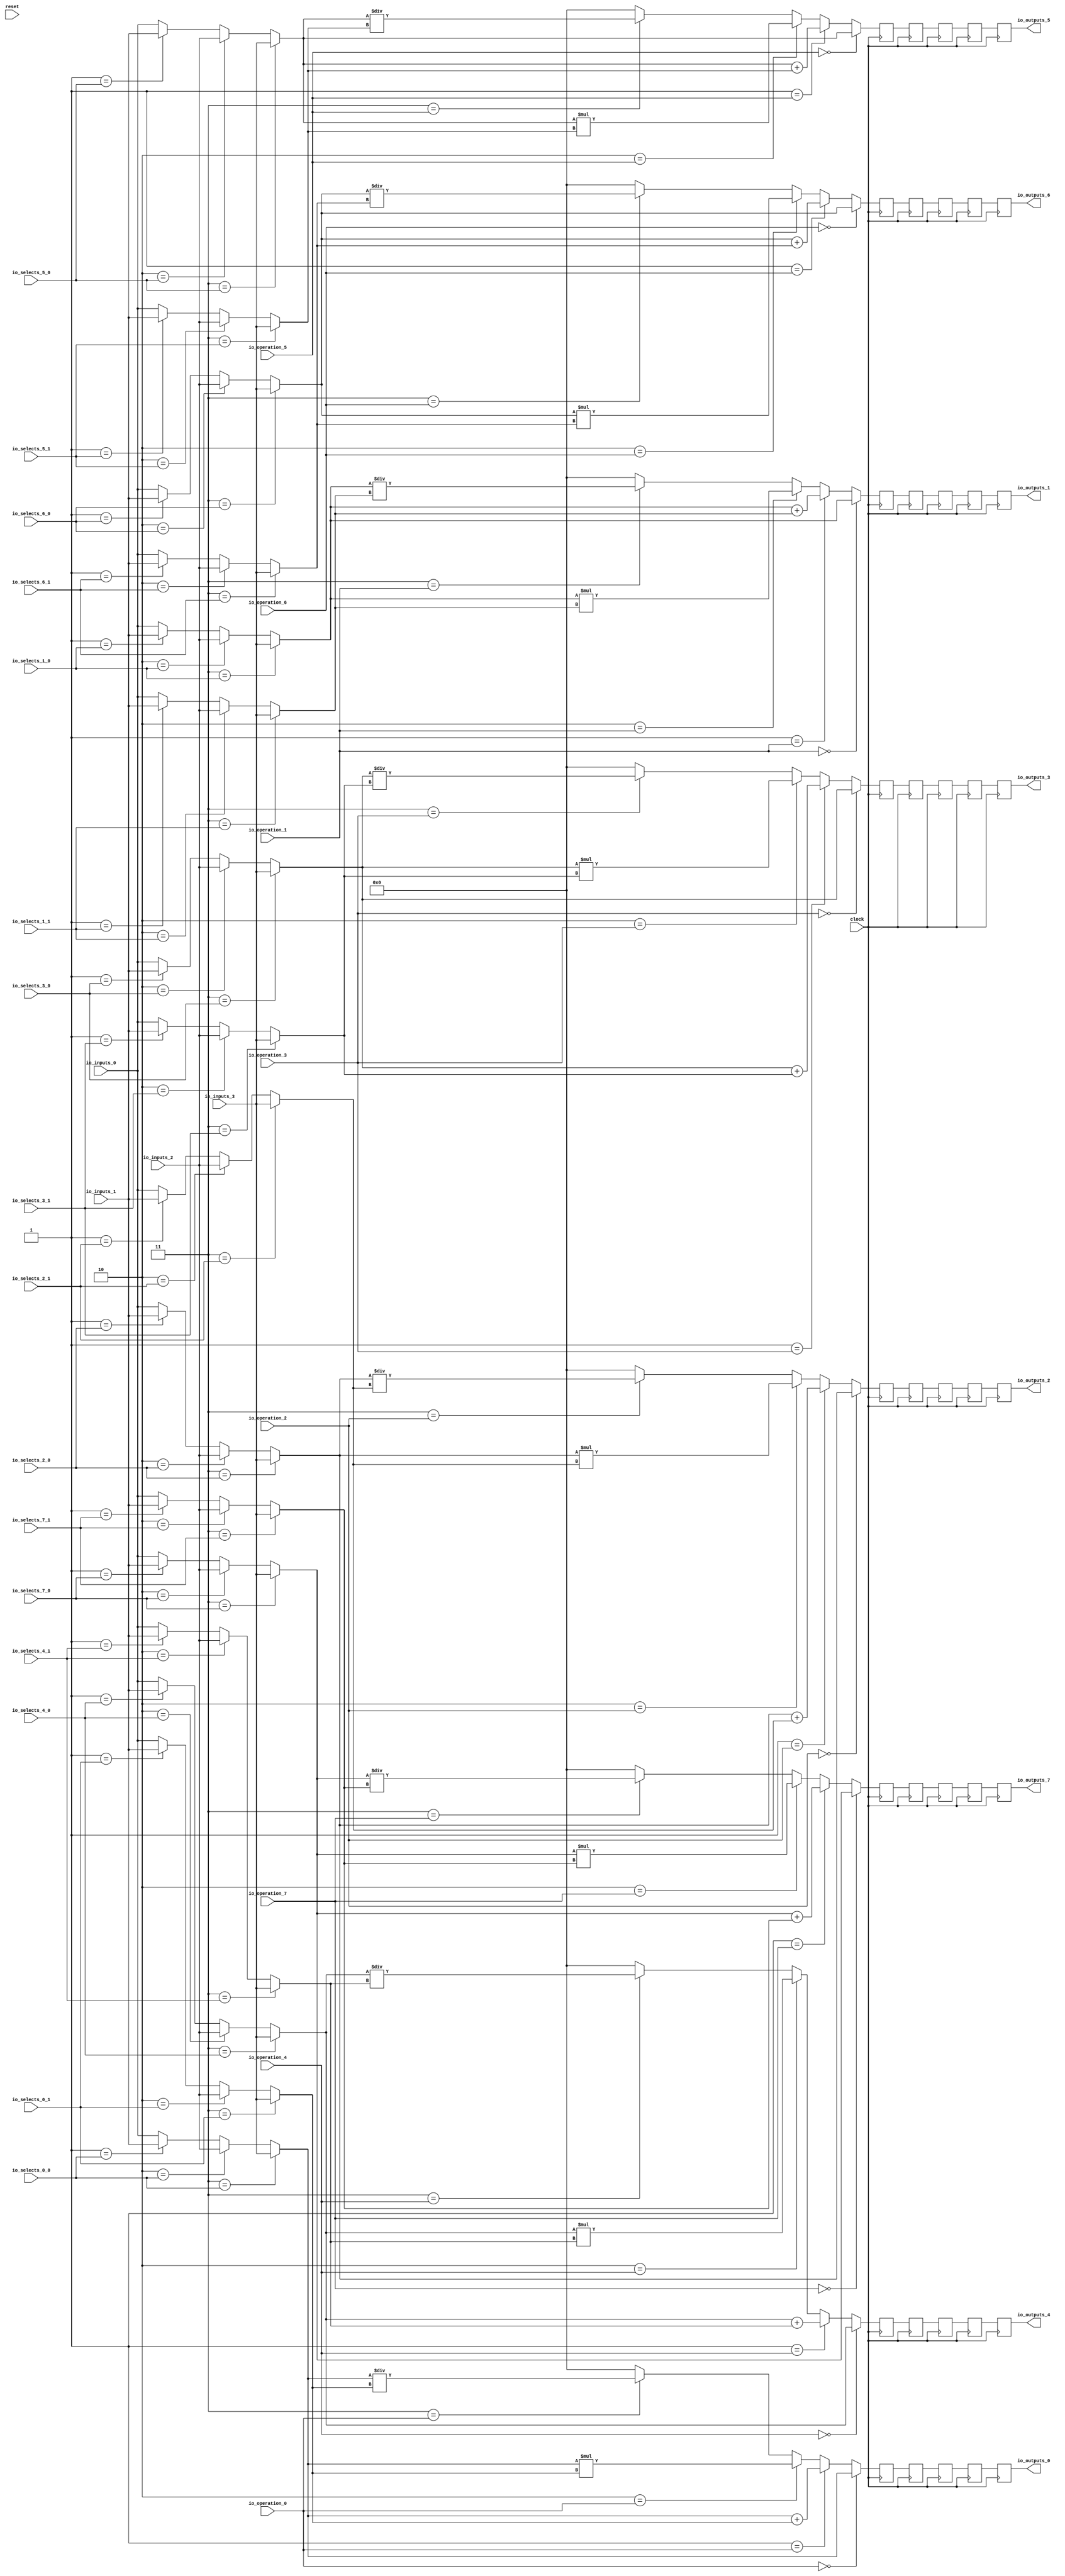
module MuxTest_width_64_inputs_4_outputs_8_pipeline_5( // @[:@3.2]
  input         clock, // @[:@4.4]
  input         reset, // @[:@5.4]
  input  [1:0]  io_selects_0_0, // @[:@6.4]
  input  [1:0]  io_selects_0_1, // @[:@6.4]
  input  [1:0]  io_selects_1_0, // @[:@6.4]
  input  [1:0]  io_selects_1_1, // @[:@6.4]
  input  [1:0]  io_selects_2_0, // @[:@6.4]
  input  [1:0]  io_selects_2_1, // @[:@6.4]
  input  [1:0]  io_selects_3_0, // @[:@6.4]
  input  [1:0]  io_selects_3_1, // @[:@6.4]
  input  [1:0]  io_selects_4_0, // @[:@6.4]
  input  [1:0]  io_selects_4_1, // @[:@6.4]
  input  [1:0]  io_selects_5_0, // @[:@6.4]
  input  [1:0]  io_selects_5_1, // @[:@6.4]
  input  [1:0]  io_selects_6_0, // @[:@6.4]
  input  [1:0]  io_selects_6_1, // @[:@6.4]
  input  [1:0]  io_selects_7_0, // @[:@6.4]
  input  [1:0]  io_selects_7_1, // @[:@6.4]
  input  [2:0]  io_operation_0, // @[:@6.4]
  input  [2:0]  io_operation_1, // @[:@6.4]
  input  [2:0]  io_operation_2, // @[:@6.4]
  input  [2:0]  io_operation_3, // @[:@6.4]
  input  [2:0]  io_operation_4, // @[:@6.4]
  input  [2:0]  io_operation_5, // @[:@6.4]
  input  [2:0]  io_operation_6, // @[:@6.4]
  input  [2:0]  io_operation_7, // @[:@6.4]
  input  [63:0] io_inputs_0, // @[:@6.4]
  input  [63:0] io_inputs_1, // @[:@6.4]
  input  [63:0] io_inputs_2, // @[:@6.4]
  input  [63:0] io_inputs_3, // @[:@6.4]
  output [63:0] io_outputs_0, // @[:@6.4]
  output [63:0] io_outputs_1, // @[:@6.4]
  output [63:0] io_outputs_2, // @[:@6.4]
  output [63:0] io_outputs_3, // @[:@6.4]
  output [63:0] io_outputs_4, // @[:@6.4]
  output [63:0] io_outputs_5, // @[:@6.4]
  output [63:0] io_outputs_6, // @[:@6.4]
  output [63:0] io_outputs_7 // @[:@6.4]
);
  wire [63:0] _GEN_1; // @[MuxTest_width_64_inputs_4_outputs_8_pipeline_5s.scala 32:53:@8.4]
  wire [63:0] _GEN_2; // @[MuxTest_width_64_inputs_4_outputs_8_pipeline_5s.scala 32:53:@8.4]
  wire [63:0] _GEN_3; // @[MuxTest_width_64_inputs_4_outputs_8_pipeline_5s.scala 32:53:@8.4]
  wire [63:0] _GEN_5; // @[MuxTest_width_64_inputs_4_outputs_8_pipeline_5s.scala 32:53:@8.4]
  wire [63:0] _GEN_6; // @[MuxTest_width_64_inputs_4_outputs_8_pipeline_5s.scala 32:53:@8.4]
  wire [63:0] _GEN_7; // @[MuxTest_width_64_inputs_4_outputs_8_pipeline_5s.scala 32:53:@8.4]
  wire [64:0] _T_394; // @[MuxTest_width_64_inputs_4_outputs_8_pipeline_5s.scala 32:53:@8.4]
  wire [63:0] _T_395; // @[MuxTest_width_64_inputs_4_outputs_8_pipeline_5s.scala 32:53:@9.4]
  wire [127:0] _T_397; // @[MuxTest_width_64_inputs_4_outputs_8_pipeline_5s.scala 33:58:@10.4]
  wire [63:0] _T_399; // @[MuxTest_width_64_inputs_4_outputs_8_pipeline_5s.scala 34:56:@11.4]
  wire  _T_400; // @[Mux.scala 46:19:@12.4]
  wire [63:0] _T_401; // @[Mux.scala 46:16:@13.4]
  wire  _T_402; // @[Mux.scala 46:19:@14.4]
  wire [127:0] _T_403; // @[Mux.scala 46:16:@15.4]
  wire  _T_404; // @[Mux.scala 46:19:@16.4]
  wire [127:0] _T_405; // @[Mux.scala 46:16:@17.4]
  wire  _T_406; // @[Mux.scala 46:19:@18.4]
  wire [63:0] _GEN_9; // @[MuxTest_width_64_inputs_4_outputs_8_pipeline_5s.scala 32:53:@20.4]
  wire [63:0] _GEN_10; // @[MuxTest_width_64_inputs_4_outputs_8_pipeline_5s.scala 32:53:@20.4]
  wire [63:0] _GEN_11; // @[MuxTest_width_64_inputs_4_outputs_8_pipeline_5s.scala 32:53:@20.4]
  wire [63:0] _GEN_13; // @[MuxTest_width_64_inputs_4_outputs_8_pipeline_5s.scala 32:53:@20.4]
  wire [63:0] _GEN_14; // @[MuxTest_width_64_inputs_4_outputs_8_pipeline_5s.scala 32:53:@20.4]
  wire [63:0] _GEN_15; // @[MuxTest_width_64_inputs_4_outputs_8_pipeline_5s.scala 32:53:@20.4]
  wire [64:0] _T_411; // @[MuxTest_width_64_inputs_4_outputs_8_pipeline_5s.scala 32:53:@20.4]
  wire [63:0] _T_412; // @[MuxTest_width_64_inputs_4_outputs_8_pipeline_5s.scala 32:53:@21.4]
  wire [127:0] _T_414; // @[MuxTest_width_64_inputs_4_outputs_8_pipeline_5s.scala 33:58:@22.4]
  wire [63:0] _T_416; // @[MuxTest_width_64_inputs_4_outputs_8_pipeline_5s.scala 34:56:@23.4]
  wire  _T_417; // @[Mux.scala 46:19:@24.4]
  wire [63:0] _T_418; // @[Mux.scala 46:16:@25.4]
  wire  _T_419; // @[Mux.scala 46:19:@26.4]
  wire [127:0] _T_420; // @[Mux.scala 46:16:@27.4]
  wire  _T_421; // @[Mux.scala 46:19:@28.4]
  wire [127:0] _T_422; // @[Mux.scala 46:16:@29.4]
  wire  _T_423; // @[Mux.scala 46:19:@30.4]
  wire [63:0] _GEN_17; // @[MuxTest_width_64_inputs_4_outputs_8_pipeline_5s.scala 32:53:@32.4]
  wire [63:0] _GEN_18; // @[MuxTest_width_64_inputs_4_outputs_8_pipeline_5s.scala 32:53:@32.4]
  wire [63:0] _GEN_19; // @[MuxTest_width_64_inputs_4_outputs_8_pipeline_5s.scala 32:53:@32.4]
  wire [63:0] _GEN_21; // @[MuxTest_width_64_inputs_4_outputs_8_pipeline_5s.scala 32:53:@32.4]
  wire [63:0] _GEN_22; // @[MuxTest_width_64_inputs_4_outputs_8_pipeline_5s.scala 32:53:@32.4]
  wire [63:0] _GEN_23; // @[MuxTest_width_64_inputs_4_outputs_8_pipeline_5s.scala 32:53:@32.4]
  wire [64:0] _T_428; // @[MuxTest_width_64_inputs_4_outputs_8_pipeline_5s.scala 32:53:@32.4]
  wire [63:0] _T_429; // @[MuxTest_width_64_inputs_4_outputs_8_pipeline_5s.scala 32:53:@33.4]
  wire [127:0] _T_431; // @[MuxTest_width_64_inputs_4_outputs_8_pipeline_5s.scala 33:58:@34.4]
  wire [63:0] _T_433; // @[MuxTest_width_64_inputs_4_outputs_8_pipeline_5s.scala 34:56:@35.4]
  wire  _T_434; // @[Mux.scala 46:19:@36.4]
  wire [63:0] _T_435; // @[Mux.scala 46:16:@37.4]
  wire  _T_436; // @[Mux.scala 46:19:@38.4]
  wire [127:0] _T_437; // @[Mux.scala 46:16:@39.4]
  wire  _T_438; // @[Mux.scala 46:19:@40.4]
  wire [127:0] _T_439; // @[Mux.scala 46:16:@41.4]
  wire  _T_440; // @[Mux.scala 46:19:@42.4]
  wire [63:0] _GEN_25; // @[MuxTest_width_64_inputs_4_outputs_8_pipeline_5s.scala 32:53:@44.4]
  wire [63:0] _GEN_26; // @[MuxTest_width_64_inputs_4_outputs_8_pipeline_5s.scala 32:53:@44.4]
  wire [63:0] _GEN_27; // @[MuxTest_width_64_inputs_4_outputs_8_pipeline_5s.scala 32:53:@44.4]
  wire [63:0] _GEN_29; // @[MuxTest_width_64_inputs_4_outputs_8_pipeline_5s.scala 32:53:@44.4]
  wire [63:0] _GEN_30; // @[MuxTest_width_64_inputs_4_outputs_8_pipeline_5s.scala 32:53:@44.4]
  wire [63:0] _GEN_31; // @[MuxTest_width_64_inputs_4_outputs_8_pipeline_5s.scala 32:53:@44.4]
  wire [64:0] _T_445; // @[MuxTest_width_64_inputs_4_outputs_8_pipeline_5s.scala 32:53:@44.4]
  wire [63:0] _T_446; // @[MuxTest_width_64_inputs_4_outputs_8_pipeline_5s.scala 32:53:@45.4]
  wire [127:0] _T_448; // @[MuxTest_width_64_inputs_4_outputs_8_pipeline_5s.scala 33:58:@46.4]
  wire [63:0] _T_450; // @[MuxTest_width_64_inputs_4_outputs_8_pipeline_5s.scala 34:56:@47.4]
  wire  _T_451; // @[Mux.scala 46:19:@48.4]
  wire [63:0] _T_452; // @[Mux.scala 46:16:@49.4]
  wire  _T_453; // @[Mux.scala 46:19:@50.4]
  wire [127:0] _T_454; // @[Mux.scala 46:16:@51.4]
  wire  _T_455; // @[Mux.scala 46:19:@52.4]
  wire [127:0] _T_456; // @[Mux.scala 46:16:@53.4]
  wire  _T_457; // @[Mux.scala 46:19:@54.4]
  wire [63:0] _GEN_33; // @[MuxTest_width_64_inputs_4_outputs_8_pipeline_5s.scala 32:53:@56.4]
  wire [63:0] _GEN_34; // @[MuxTest_width_64_inputs_4_outputs_8_pipeline_5s.scala 32:53:@56.4]
  wire [63:0] _GEN_35; // @[MuxTest_width_64_inputs_4_outputs_8_pipeline_5s.scala 32:53:@56.4]
  wire [63:0] _GEN_37; // @[MuxTest_width_64_inputs_4_outputs_8_pipeline_5s.scala 32:53:@56.4]
  wire [63:0] _GEN_38; // @[MuxTest_width_64_inputs_4_outputs_8_pipeline_5s.scala 32:53:@56.4]
  wire [63:0] _GEN_39; // @[MuxTest_width_64_inputs_4_outputs_8_pipeline_5s.scala 32:53:@56.4]
  wire [64:0] _T_462; // @[MuxTest_width_64_inputs_4_outputs_8_pipeline_5s.scala 32:53:@56.4]
  wire [63:0] _T_463; // @[MuxTest_width_64_inputs_4_outputs_8_pipeline_5s.scala 32:53:@57.4]
  wire [127:0] _T_465; // @[MuxTest_width_64_inputs_4_outputs_8_pipeline_5s.scala 33:58:@58.4]
  wire [63:0] _T_467; // @[MuxTest_width_64_inputs_4_outputs_8_pipeline_5s.scala 34:56:@59.4]
  wire  _T_468; // @[Mux.scala 46:19:@60.4]
  wire [63:0] _T_469; // @[Mux.scala 46:16:@61.4]
  wire  _T_470; // @[Mux.scala 46:19:@62.4]
  wire [127:0] _T_471; // @[Mux.scala 46:16:@63.4]
  wire  _T_472; // @[Mux.scala 46:19:@64.4]
  wire [127:0] _T_473; // @[Mux.scala 46:16:@65.4]
  wire  _T_474; // @[Mux.scala 46:19:@66.4]
  wire [63:0] _GEN_41; // @[MuxTest_width_64_inputs_4_outputs_8_pipeline_5s.scala 32:53:@68.4]
  wire [63:0] _GEN_42; // @[MuxTest_width_64_inputs_4_outputs_8_pipeline_5s.scala 32:53:@68.4]
  wire [63:0] _GEN_43; // @[MuxTest_width_64_inputs_4_outputs_8_pipeline_5s.scala 32:53:@68.4]
  wire [63:0] _GEN_45; // @[MuxTest_width_64_inputs_4_outputs_8_pipeline_5s.scala 32:53:@68.4]
  wire [63:0] _GEN_46; // @[MuxTest_width_64_inputs_4_outputs_8_pipeline_5s.scala 32:53:@68.4]
  wire [63:0] _GEN_47; // @[MuxTest_width_64_inputs_4_outputs_8_pipeline_5s.scala 32:53:@68.4]
  wire [64:0] _T_479; // @[MuxTest_width_64_inputs_4_outputs_8_pipeline_5s.scala 32:53:@68.4]
  wire [63:0] _T_480; // @[MuxTest_width_64_inputs_4_outputs_8_pipeline_5s.scala 32:53:@69.4]
  wire [127:0] _T_482; // @[MuxTest_width_64_inputs_4_outputs_8_pipeline_5s.scala 33:58:@70.4]
  wire [63:0] _T_484; // @[MuxTest_width_64_inputs_4_outputs_8_pipeline_5s.scala 34:56:@71.4]
  wire  _T_485; // @[Mux.scala 46:19:@72.4]
  wire [63:0] _T_486; // @[Mux.scala 46:16:@73.4]
  wire  _T_487; // @[Mux.scala 46:19:@74.4]
  wire [127:0] _T_488; // @[Mux.scala 46:16:@75.4]
  wire  _T_489; // @[Mux.scala 46:19:@76.4]
  wire [127:0] _T_490; // @[Mux.scala 46:16:@77.4]
  wire  _T_491; // @[Mux.scala 46:19:@78.4]
  wire [63:0] _GEN_49; // @[MuxTest_width_64_inputs_4_outputs_8_pipeline_5s.scala 32:53:@80.4]
  wire [63:0] _GEN_50; // @[MuxTest_width_64_inputs_4_outputs_8_pipeline_5s.scala 32:53:@80.4]
  wire [63:0] _GEN_51; // @[MuxTest_width_64_inputs_4_outputs_8_pipeline_5s.scala 32:53:@80.4]
  wire [63:0] _GEN_53; // @[MuxTest_width_64_inputs_4_outputs_8_pipeline_5s.scala 32:53:@80.4]
  wire [63:0] _GEN_54; // @[MuxTest_width_64_inputs_4_outputs_8_pipeline_5s.scala 32:53:@80.4]
  wire [63:0] _GEN_55; // @[MuxTest_width_64_inputs_4_outputs_8_pipeline_5s.scala 32:53:@80.4]
  wire [64:0] _T_496; // @[MuxTest_width_64_inputs_4_outputs_8_pipeline_5s.scala 32:53:@80.4]
  wire [63:0] _T_497; // @[MuxTest_width_64_inputs_4_outputs_8_pipeline_5s.scala 32:53:@81.4]
  wire [127:0] _T_499; // @[MuxTest_width_64_inputs_4_outputs_8_pipeline_5s.scala 33:58:@82.4]
  wire [63:0] _T_501; // @[MuxTest_width_64_inputs_4_outputs_8_pipeline_5s.scala 34:56:@83.4]
  wire  _T_502; // @[Mux.scala 46:19:@84.4]
  wire [63:0] _T_503; // @[Mux.scala 46:16:@85.4]
  wire  _T_504; // @[Mux.scala 46:19:@86.4]
  wire [127:0] _T_505; // @[Mux.scala 46:16:@87.4]
  wire  _T_506; // @[Mux.scala 46:19:@88.4]
  wire [127:0] _T_507; // @[Mux.scala 46:16:@89.4]
  wire  _T_508; // @[Mux.scala 46:19:@90.4]
  wire [63:0] _GEN_57; // @[MuxTest_width_64_inputs_4_outputs_8_pipeline_5s.scala 32:53:@92.4]
  wire [63:0] _GEN_58; // @[MuxTest_width_64_inputs_4_outputs_8_pipeline_5s.scala 32:53:@92.4]
  wire [63:0] _GEN_59; // @[MuxTest_width_64_inputs_4_outputs_8_pipeline_5s.scala 32:53:@92.4]
  wire [63:0] _GEN_61; // @[MuxTest_width_64_inputs_4_outputs_8_pipeline_5s.scala 32:53:@92.4]
  wire [63:0] _GEN_62; // @[MuxTest_width_64_inputs_4_outputs_8_pipeline_5s.scala 32:53:@92.4]
  wire [63:0] _GEN_63; // @[MuxTest_width_64_inputs_4_outputs_8_pipeline_5s.scala 32:53:@92.4]
  wire [64:0] _T_513; // @[MuxTest_width_64_inputs_4_outputs_8_pipeline_5s.scala 32:53:@92.4]
  wire [63:0] _T_514; // @[MuxTest_width_64_inputs_4_outputs_8_pipeline_5s.scala 32:53:@93.4]
  wire [127:0] _T_516; // @[MuxTest_width_64_inputs_4_outputs_8_pipeline_5s.scala 33:58:@94.4]
  wire [63:0] _T_518; // @[MuxTest_width_64_inputs_4_outputs_8_pipeline_5s.scala 34:56:@95.4]
  wire  _T_519; // @[Mux.scala 46:19:@96.4]
  wire [63:0] _T_520; // @[Mux.scala 46:16:@97.4]
  wire  _T_521; // @[Mux.scala 46:19:@98.4]
  wire [127:0] _T_522; // @[Mux.scala 46:16:@99.4]
  wire  _T_523; // @[Mux.scala 46:19:@100.4]
  wire [127:0] _T_524; // @[Mux.scala 46:16:@101.4]
  wire  _T_525; // @[Mux.scala 46:19:@102.4]
  reg [127:0] _T_529; // @[Reg.scala 11:16:@104.4]
  reg [127:0] _RAND_0;
  reg [127:0] _T_531; // @[Reg.scala 11:16:@108.4]
  reg [127:0] _RAND_1;
  reg [127:0] _T_533; // @[Reg.scala 11:16:@112.4]
  reg [127:0] _RAND_2;
  reg [127:0] _T_535; // @[Reg.scala 11:16:@116.4]
  reg [127:0] _RAND_3;
  reg [127:0] _T_537; // @[Reg.scala 11:16:@120.4]
  reg [127:0] _RAND_4;
  reg [127:0] _T_540; // @[Reg.scala 11:16:@124.4]
  reg [127:0] _RAND_5;
  reg [127:0] _T_542; // @[Reg.scala 11:16:@128.4]
  reg [127:0] _RAND_6;
  reg [127:0] _T_544; // @[Reg.scala 11:16:@132.4]
  reg [127:0] _RAND_7;
  reg [127:0] _T_546; // @[Reg.scala 11:16:@136.4]
  reg [127:0] _RAND_8;
  reg [127:0] _T_548; // @[Reg.scala 11:16:@140.4]
  reg [127:0] _RAND_9;
  reg [127:0] _T_551; // @[Reg.scala 11:16:@144.4]
  reg [127:0] _RAND_10;
  reg [127:0] _T_553; // @[Reg.scala 11:16:@148.4]
  reg [127:0] _RAND_11;
  reg [127:0] _T_555; // @[Reg.scala 11:16:@152.4]
  reg [127:0] _RAND_12;
  reg [127:0] _T_557; // @[Reg.scala 11:16:@156.4]
  reg [127:0] _RAND_13;
  reg [127:0] _T_559; // @[Reg.scala 11:16:@160.4]
  reg [127:0] _RAND_14;
  reg [127:0] _T_562; // @[Reg.scala 11:16:@164.4]
  reg [127:0] _RAND_15;
  reg [127:0] _T_564; // @[Reg.scala 11:16:@168.4]
  reg [127:0] _RAND_16;
  reg [127:0] _T_566; // @[Reg.scala 11:16:@172.4]
  reg [127:0] _RAND_17;
  reg [127:0] _T_568; // @[Reg.scala 11:16:@176.4]
  reg [127:0] _RAND_18;
  reg [127:0] _T_570; // @[Reg.scala 11:16:@180.4]
  reg [127:0] _RAND_19;
  reg [127:0] _T_573; // @[Reg.scala 11:16:@184.4]
  reg [127:0] _RAND_20;
  reg [127:0] _T_575; // @[Reg.scala 11:16:@188.4]
  reg [127:0] _RAND_21;
  reg [127:0] _T_577; // @[Reg.scala 11:16:@192.4]
  reg [127:0] _RAND_22;
  reg [127:0] _T_579; // @[Reg.scala 11:16:@196.4]
  reg [127:0] _RAND_23;
  reg [127:0] _T_581; // @[Reg.scala 11:16:@200.4]
  reg [127:0] _RAND_24;
  reg [127:0] _T_584; // @[Reg.scala 11:16:@204.4]
  reg [127:0] _RAND_25;
  reg [127:0] _T_586; // @[Reg.scala 11:16:@208.4]
  reg [127:0] _RAND_26;
  reg [127:0] _T_588; // @[Reg.scala 11:16:@212.4]
  reg [127:0] _RAND_27;
  reg [127:0] _T_590; // @[Reg.scala 11:16:@216.4]
  reg [127:0] _RAND_28;
  reg [127:0] _T_592; // @[Reg.scala 11:16:@220.4]
  reg [127:0] _RAND_29;
  reg [127:0] _T_595; // @[Reg.scala 11:16:@224.4]
  reg [127:0] _RAND_30;
  reg [127:0] _T_597; // @[Reg.scala 11:16:@228.4]
  reg [127:0] _RAND_31;
  reg [127:0] _T_599; // @[Reg.scala 11:16:@232.4]
  reg [127:0] _RAND_32;
  reg [127:0] _T_601; // @[Reg.scala 11:16:@236.4]
  reg [127:0] _RAND_33;
  reg [127:0] _T_603; // @[Reg.scala 11:16:@240.4]
  reg [127:0] _RAND_34;
  reg [127:0] _T_606; // @[Reg.scala 11:16:@244.4]
  reg [127:0] _RAND_35;
  reg [127:0] _T_608; // @[Reg.scala 11:16:@248.4]
  reg [127:0] _RAND_36;
  reg [127:0] _T_610; // @[Reg.scala 11:16:@252.4]
  reg [127:0] _RAND_37;
  reg [127:0] _T_612; // @[Reg.scala 11:16:@256.4]
  reg [127:0] _RAND_38;
  reg [127:0] _T_614; // @[Reg.scala 11:16:@260.4]
  reg [127:0] _RAND_39;
  assign _GEN_1 = 2'h1 == io_selects_0_0 ? io_inputs_1 : io_inputs_0; // @[MuxTest_width_64_inputs_4_outputs_8_pipeline_5s.scala 32:53:@8.4]
  assign _GEN_2 = 2'h2 == io_selects_0_0 ? io_inputs_2 : _GEN_1; // @[MuxTest_width_64_inputs_4_outputs_8_pipeline_5s.scala 32:53:@8.4]
  assign _GEN_3 = 2'h3 == io_selects_0_0 ? io_inputs_3 : _GEN_2; // @[MuxTest_width_64_inputs_4_outputs_8_pipeline_5s.scala 32:53:@8.4]
  assign _GEN_5 = 2'h1 == io_selects_0_1 ? io_inputs_1 : io_inputs_0; // @[MuxTest_width_64_inputs_4_outputs_8_pipeline_5s.scala 32:53:@8.4]
  assign _GEN_6 = 2'h2 == io_selects_0_1 ? io_inputs_2 : _GEN_5; // @[MuxTest_width_64_inputs_4_outputs_8_pipeline_5s.scala 32:53:@8.4]
  assign _GEN_7 = 2'h3 == io_selects_0_1 ? io_inputs_3 : _GEN_6; // @[MuxTest_width_64_inputs_4_outputs_8_pipeline_5s.scala 32:53:@8.4]
  assign _T_394 = _GEN_3 + _GEN_7; // @[MuxTest_width_64_inputs_4_outputs_8_pipeline_5s.scala 32:53:@8.4]
  assign _T_395 = _GEN_3 + _GEN_7; // @[MuxTest_width_64_inputs_4_outputs_8_pipeline_5s.scala 32:53:@9.4]
  assign _T_397 = _GEN_3 * _GEN_7; // @[MuxTest_width_64_inputs_4_outputs_8_pipeline_5s.scala 33:58:@10.4]
  assign _T_399 = _GEN_3 / _GEN_7; // @[MuxTest_width_64_inputs_4_outputs_8_pipeline_5s.scala 34:56:@11.4]
  assign _T_400 = 3'h3 == io_operation_0; // @[Mux.scala 46:19:@12.4]
  assign _T_401 = _T_400 ? _T_399 : 64'h0; // @[Mux.scala 46:16:@13.4]
  assign _T_402 = 3'h2 == io_operation_0; // @[Mux.scala 46:19:@14.4]
  assign _T_403 = _T_402 ? _T_397 : {{64'd0}, _T_401}; // @[Mux.scala 46:16:@15.4]
  assign _T_404 = 3'h1 == io_operation_0; // @[Mux.scala 46:19:@16.4]
  assign _T_405 = _T_404 ? {{64'd0}, _T_395} : _T_403; // @[Mux.scala 46:16:@17.4]
  assign _T_406 = 3'h0 == io_operation_0; // @[Mux.scala 46:19:@18.4]
  assign _GEN_9 = 2'h1 == io_selects_1_0 ? io_inputs_1 : io_inputs_0; // @[MuxTest_width_64_inputs_4_outputs_8_pipeline_5s.scala 32:53:@20.4]
  assign _GEN_10 = 2'h2 == io_selects_1_0 ? io_inputs_2 : _GEN_9; // @[MuxTest_width_64_inputs_4_outputs_8_pipeline_5s.scala 32:53:@20.4]
  assign _GEN_11 = 2'h3 == io_selects_1_0 ? io_inputs_3 : _GEN_10; // @[MuxTest_width_64_inputs_4_outputs_8_pipeline_5s.scala 32:53:@20.4]
  assign _GEN_13 = 2'h1 == io_selects_1_1 ? io_inputs_1 : io_inputs_0; // @[MuxTest_width_64_inputs_4_outputs_8_pipeline_5s.scala 32:53:@20.4]
  assign _GEN_14 = 2'h2 == io_selects_1_1 ? io_inputs_2 : _GEN_13; // @[MuxTest_width_64_inputs_4_outputs_8_pipeline_5s.scala 32:53:@20.4]
  assign _GEN_15 = 2'h3 == io_selects_1_1 ? io_inputs_3 : _GEN_14; // @[MuxTest_width_64_inputs_4_outputs_8_pipeline_5s.scala 32:53:@20.4]
  assign _T_411 = _GEN_11 + _GEN_15; // @[MuxTest_width_64_inputs_4_outputs_8_pipeline_5s.scala 32:53:@20.4]
  assign _T_412 = _GEN_11 + _GEN_15; // @[MuxTest_width_64_inputs_4_outputs_8_pipeline_5s.scala 32:53:@21.4]
  assign _T_414 = _GEN_11 * _GEN_15; // @[MuxTest_width_64_inputs_4_outputs_8_pipeline_5s.scala 33:58:@22.4]
  assign _T_416 = _GEN_11 / _GEN_15; // @[MuxTest_width_64_inputs_4_outputs_8_pipeline_5s.scala 34:56:@23.4]
  assign _T_417 = 3'h3 == io_operation_1; // @[Mux.scala 46:19:@24.4]
  assign _T_418 = _T_417 ? _T_416 : 64'h0; // @[Mux.scala 46:16:@25.4]
  assign _T_419 = 3'h2 == io_operation_1; // @[Mux.scala 46:19:@26.4]
  assign _T_420 = _T_419 ? _T_414 : {{64'd0}, _T_418}; // @[Mux.scala 46:16:@27.4]
  assign _T_421 = 3'h1 == io_operation_1; // @[Mux.scala 46:19:@28.4]
  assign _T_422 = _T_421 ? {{64'd0}, _T_412} : _T_420; // @[Mux.scala 46:16:@29.4]
  assign _T_423 = 3'h0 == io_operation_1; // @[Mux.scala 46:19:@30.4]
  assign _GEN_17 = 2'h1 == io_selects_2_0 ? io_inputs_1 : io_inputs_0; // @[MuxTest_width_64_inputs_4_outputs_8_pipeline_5s.scala 32:53:@32.4]
  assign _GEN_18 = 2'h2 == io_selects_2_0 ? io_inputs_2 : _GEN_17; // @[MuxTest_width_64_inputs_4_outputs_8_pipeline_5s.scala 32:53:@32.4]
  assign _GEN_19 = 2'h3 == io_selects_2_0 ? io_inputs_3 : _GEN_18; // @[MuxTest_width_64_inputs_4_outputs_8_pipeline_5s.scala 32:53:@32.4]
  assign _GEN_21 = 2'h1 == io_selects_2_1 ? io_inputs_1 : io_inputs_0; // @[MuxTest_width_64_inputs_4_outputs_8_pipeline_5s.scala 32:53:@32.4]
  assign _GEN_22 = 2'h2 == io_selects_2_1 ? io_inputs_2 : _GEN_21; // @[MuxTest_width_64_inputs_4_outputs_8_pipeline_5s.scala 32:53:@32.4]
  assign _GEN_23 = 2'h3 == io_selects_2_1 ? io_inputs_3 : _GEN_22; // @[MuxTest_width_64_inputs_4_outputs_8_pipeline_5s.scala 32:53:@32.4]
  assign _T_428 = _GEN_19 + _GEN_23; // @[MuxTest_width_64_inputs_4_outputs_8_pipeline_5s.scala 32:53:@32.4]
  assign _T_429 = _GEN_19 + _GEN_23; // @[MuxTest_width_64_inputs_4_outputs_8_pipeline_5s.scala 32:53:@33.4]
  assign _T_431 = _GEN_19 * _GEN_23; // @[MuxTest_width_64_inputs_4_outputs_8_pipeline_5s.scala 33:58:@34.4]
  assign _T_433 = _GEN_19 / _GEN_23; // @[MuxTest_width_64_inputs_4_outputs_8_pipeline_5s.scala 34:56:@35.4]
  assign _T_434 = 3'h3 == io_operation_2; // @[Mux.scala 46:19:@36.4]
  assign _T_435 = _T_434 ? _T_433 : 64'h0; // @[Mux.scala 46:16:@37.4]
  assign _T_436 = 3'h2 == io_operation_2; // @[Mux.scala 46:19:@38.4]
  assign _T_437 = _T_436 ? _T_431 : {{64'd0}, _T_435}; // @[Mux.scala 46:16:@39.4]
  assign _T_438 = 3'h1 == io_operation_2; // @[Mux.scala 46:19:@40.4]
  assign _T_439 = _T_438 ? {{64'd0}, _T_429} : _T_437; // @[Mux.scala 46:16:@41.4]
  assign _T_440 = 3'h0 == io_operation_2; // @[Mux.scala 46:19:@42.4]
  assign _GEN_25 = 2'h1 == io_selects_3_0 ? io_inputs_1 : io_inputs_0; // @[MuxTest_width_64_inputs_4_outputs_8_pipeline_5s.scala 32:53:@44.4]
  assign _GEN_26 = 2'h2 == io_selects_3_0 ? io_inputs_2 : _GEN_25; // @[MuxTest_width_64_inputs_4_outputs_8_pipeline_5s.scala 32:53:@44.4]
  assign _GEN_27 = 2'h3 == io_selects_3_0 ? io_inputs_3 : _GEN_26; // @[MuxTest_width_64_inputs_4_outputs_8_pipeline_5s.scala 32:53:@44.4]
  assign _GEN_29 = 2'h1 == io_selects_3_1 ? io_inputs_1 : io_inputs_0; // @[MuxTest_width_64_inputs_4_outputs_8_pipeline_5s.scala 32:53:@44.4]
  assign _GEN_30 = 2'h2 == io_selects_3_1 ? io_inputs_2 : _GEN_29; // @[MuxTest_width_64_inputs_4_outputs_8_pipeline_5s.scala 32:53:@44.4]
  assign _GEN_31 = 2'h3 == io_selects_3_1 ? io_inputs_3 : _GEN_30; // @[MuxTest_width_64_inputs_4_outputs_8_pipeline_5s.scala 32:53:@44.4]
  assign _T_445 = _GEN_27 + _GEN_31; // @[MuxTest_width_64_inputs_4_outputs_8_pipeline_5s.scala 32:53:@44.4]
  assign _T_446 = _GEN_27 + _GEN_31; // @[MuxTest_width_64_inputs_4_outputs_8_pipeline_5s.scala 32:53:@45.4]
  assign _T_448 = _GEN_27 * _GEN_31; // @[MuxTest_width_64_inputs_4_outputs_8_pipeline_5s.scala 33:58:@46.4]
  assign _T_450 = _GEN_27 / _GEN_31; // @[MuxTest_width_64_inputs_4_outputs_8_pipeline_5s.scala 34:56:@47.4]
  assign _T_451 = 3'h3 == io_operation_3; // @[Mux.scala 46:19:@48.4]
  assign _T_452 = _T_451 ? _T_450 : 64'h0; // @[Mux.scala 46:16:@49.4]
  assign _T_453 = 3'h2 == io_operation_3; // @[Mux.scala 46:19:@50.4]
  assign _T_454 = _T_453 ? _T_448 : {{64'd0}, _T_452}; // @[Mux.scala 46:16:@51.4]
  assign _T_455 = 3'h1 == io_operation_3; // @[Mux.scala 46:19:@52.4]
  assign _T_456 = _T_455 ? {{64'd0}, _T_446} : _T_454; // @[Mux.scala 46:16:@53.4]
  assign _T_457 = 3'h0 == io_operation_3; // @[Mux.scala 46:19:@54.4]
  assign _GEN_33 = 2'h1 == io_selects_4_0 ? io_inputs_1 : io_inputs_0; // @[MuxTest_width_64_inputs_4_outputs_8_pipeline_5s.scala 32:53:@56.4]
  assign _GEN_34 = 2'h2 == io_selects_4_0 ? io_inputs_2 : _GEN_33; // @[MuxTest_width_64_inputs_4_outputs_8_pipeline_5s.scala 32:53:@56.4]
  assign _GEN_35 = 2'h3 == io_selects_4_0 ? io_inputs_3 : _GEN_34; // @[MuxTest_width_64_inputs_4_outputs_8_pipeline_5s.scala 32:53:@56.4]
  assign _GEN_37 = 2'h1 == io_selects_4_1 ? io_inputs_1 : io_inputs_0; // @[MuxTest_width_64_inputs_4_outputs_8_pipeline_5s.scala 32:53:@56.4]
  assign _GEN_38 = 2'h2 == io_selects_4_1 ? io_inputs_2 : _GEN_37; // @[MuxTest_width_64_inputs_4_outputs_8_pipeline_5s.scala 32:53:@56.4]
  assign _GEN_39 = 2'h3 == io_selects_4_1 ? io_inputs_3 : _GEN_38; // @[MuxTest_width_64_inputs_4_outputs_8_pipeline_5s.scala 32:53:@56.4]
  assign _T_462 = _GEN_35 + _GEN_39; // @[MuxTest_width_64_inputs_4_outputs_8_pipeline_5s.scala 32:53:@56.4]
  assign _T_463 = _GEN_35 + _GEN_39; // @[MuxTest_width_64_inputs_4_outputs_8_pipeline_5s.scala 32:53:@57.4]
  assign _T_465 = _GEN_35 * _GEN_39; // @[MuxTest_width_64_inputs_4_outputs_8_pipeline_5s.scala 33:58:@58.4]
  assign _T_467 = _GEN_35 / _GEN_39; // @[MuxTest_width_64_inputs_4_outputs_8_pipeline_5s.scala 34:56:@59.4]
  assign _T_468 = 3'h3 == io_operation_4; // @[Mux.scala 46:19:@60.4]
  assign _T_469 = _T_468 ? _T_467 : 64'h0; // @[Mux.scala 46:16:@61.4]
  assign _T_470 = 3'h2 == io_operation_4; // @[Mux.scala 46:19:@62.4]
  assign _T_471 = _T_470 ? _T_465 : {{64'd0}, _T_469}; // @[Mux.scala 46:16:@63.4]
  assign _T_472 = 3'h1 == io_operation_4; // @[Mux.scala 46:19:@64.4]
  assign _T_473 = _T_472 ? {{64'd0}, _T_463} : _T_471; // @[Mux.scala 46:16:@65.4]
  assign _T_474 = 3'h0 == io_operation_4; // @[Mux.scala 46:19:@66.4]
  assign _GEN_41 = 2'h1 == io_selects_5_0 ? io_inputs_1 : io_inputs_0; // @[MuxTest_width_64_inputs_4_outputs_8_pipeline_5s.scala 32:53:@68.4]
  assign _GEN_42 = 2'h2 == io_selects_5_0 ? io_inputs_2 : _GEN_41; // @[MuxTest_width_64_inputs_4_outputs_8_pipeline_5s.scala 32:53:@68.4]
  assign _GEN_43 = 2'h3 == io_selects_5_0 ? io_inputs_3 : _GEN_42; // @[MuxTest_width_64_inputs_4_outputs_8_pipeline_5s.scala 32:53:@68.4]
  assign _GEN_45 = 2'h1 == io_selects_5_1 ? io_inputs_1 : io_inputs_0; // @[MuxTest_width_64_inputs_4_outputs_8_pipeline_5s.scala 32:53:@68.4]
  assign _GEN_46 = 2'h2 == io_selects_5_1 ? io_inputs_2 : _GEN_45; // @[MuxTest_width_64_inputs_4_outputs_8_pipeline_5s.scala 32:53:@68.4]
  assign _GEN_47 = 2'h3 == io_selects_5_1 ? io_inputs_3 : _GEN_46; // @[MuxTest_width_64_inputs_4_outputs_8_pipeline_5s.scala 32:53:@68.4]
  assign _T_479 = _GEN_43 + _GEN_47; // @[MuxTest_width_64_inputs_4_outputs_8_pipeline_5s.scala 32:53:@68.4]
  assign _T_480 = _GEN_43 + _GEN_47; // @[MuxTest_width_64_inputs_4_outputs_8_pipeline_5s.scala 32:53:@69.4]
  assign _T_482 = _GEN_43 * _GEN_47; // @[MuxTest_width_64_inputs_4_outputs_8_pipeline_5s.scala 33:58:@70.4]
  assign _T_484 = _GEN_43 / _GEN_47; // @[MuxTest_width_64_inputs_4_outputs_8_pipeline_5s.scala 34:56:@71.4]
  assign _T_485 = 3'h3 == io_operation_5; // @[Mux.scala 46:19:@72.4]
  assign _T_486 = _T_485 ? _T_484 : 64'h0; // @[Mux.scala 46:16:@73.4]
  assign _T_487 = 3'h2 == io_operation_5; // @[Mux.scala 46:19:@74.4]
  assign _T_488 = _T_487 ? _T_482 : {{64'd0}, _T_486}; // @[Mux.scala 46:16:@75.4]
  assign _T_489 = 3'h1 == io_operation_5; // @[Mux.scala 46:19:@76.4]
  assign _T_490 = _T_489 ? {{64'd0}, _T_480} : _T_488; // @[Mux.scala 46:16:@77.4]
  assign _T_491 = 3'h0 == io_operation_5; // @[Mux.scala 46:19:@78.4]
  assign _GEN_49 = 2'h1 == io_selects_6_0 ? io_inputs_1 : io_inputs_0; // @[MuxTest_width_64_inputs_4_outputs_8_pipeline_5s.scala 32:53:@80.4]
  assign _GEN_50 = 2'h2 == io_selects_6_0 ? io_inputs_2 : _GEN_49; // @[MuxTest_width_64_inputs_4_outputs_8_pipeline_5s.scala 32:53:@80.4]
  assign _GEN_51 = 2'h3 == io_selects_6_0 ? io_inputs_3 : _GEN_50; // @[MuxTest_width_64_inputs_4_outputs_8_pipeline_5s.scala 32:53:@80.4]
  assign _GEN_53 = 2'h1 == io_selects_6_1 ? io_inputs_1 : io_inputs_0; // @[MuxTest_width_64_inputs_4_outputs_8_pipeline_5s.scala 32:53:@80.4]
  assign _GEN_54 = 2'h2 == io_selects_6_1 ? io_inputs_2 : _GEN_53; // @[MuxTest_width_64_inputs_4_outputs_8_pipeline_5s.scala 32:53:@80.4]
  assign _GEN_55 = 2'h3 == io_selects_6_1 ? io_inputs_3 : _GEN_54; // @[MuxTest_width_64_inputs_4_outputs_8_pipeline_5s.scala 32:53:@80.4]
  assign _T_496 = _GEN_51 + _GEN_55; // @[MuxTest_width_64_inputs_4_outputs_8_pipeline_5s.scala 32:53:@80.4]
  assign _T_497 = _GEN_51 + _GEN_55; // @[MuxTest_width_64_inputs_4_outputs_8_pipeline_5s.scala 32:53:@81.4]
  assign _T_499 = _GEN_51 * _GEN_55; // @[MuxTest_width_64_inputs_4_outputs_8_pipeline_5s.scala 33:58:@82.4]
  assign _T_501 = _GEN_51 / _GEN_55; // @[MuxTest_width_64_inputs_4_outputs_8_pipeline_5s.scala 34:56:@83.4]
  assign _T_502 = 3'h3 == io_operation_6; // @[Mux.scala 46:19:@84.4]
  assign _T_503 = _T_502 ? _T_501 : 64'h0; // @[Mux.scala 46:16:@85.4]
  assign _T_504 = 3'h2 == io_operation_6; // @[Mux.scala 46:19:@86.4]
  assign _T_505 = _T_504 ? _T_499 : {{64'd0}, _T_503}; // @[Mux.scala 46:16:@87.4]
  assign _T_506 = 3'h1 == io_operation_6; // @[Mux.scala 46:19:@88.4]
  assign _T_507 = _T_506 ? {{64'd0}, _T_497} : _T_505; // @[Mux.scala 46:16:@89.4]
  assign _T_508 = 3'h0 == io_operation_6; // @[Mux.scala 46:19:@90.4]
  assign _GEN_57 = 2'h1 == io_selects_7_0 ? io_inputs_1 : io_inputs_0; // @[MuxTest_width_64_inputs_4_outputs_8_pipeline_5s.scala 32:53:@92.4]
  assign _GEN_58 = 2'h2 == io_selects_7_0 ? io_inputs_2 : _GEN_57; // @[MuxTest_width_64_inputs_4_outputs_8_pipeline_5s.scala 32:53:@92.4]
  assign _GEN_59 = 2'h3 == io_selects_7_0 ? io_inputs_3 : _GEN_58; // @[MuxTest_width_64_inputs_4_outputs_8_pipeline_5s.scala 32:53:@92.4]
  assign _GEN_61 = 2'h1 == io_selects_7_1 ? io_inputs_1 : io_inputs_0; // @[MuxTest_width_64_inputs_4_outputs_8_pipeline_5s.scala 32:53:@92.4]
  assign _GEN_62 = 2'h2 == io_selects_7_1 ? io_inputs_2 : _GEN_61; // @[MuxTest_width_64_inputs_4_outputs_8_pipeline_5s.scala 32:53:@92.4]
  assign _GEN_63 = 2'h3 == io_selects_7_1 ? io_inputs_3 : _GEN_62; // @[MuxTest_width_64_inputs_4_outputs_8_pipeline_5s.scala 32:53:@92.4]
  assign _T_513 = _GEN_59 + _GEN_63; // @[MuxTest_width_64_inputs_4_outputs_8_pipeline_5s.scala 32:53:@92.4]
  assign _T_514 = _GEN_59 + _GEN_63; // @[MuxTest_width_64_inputs_4_outputs_8_pipeline_5s.scala 32:53:@93.4]
  assign _T_516 = _GEN_59 * _GEN_63; // @[MuxTest_width_64_inputs_4_outputs_8_pipeline_5s.scala 33:58:@94.4]
  assign _T_518 = _GEN_59 / _GEN_63; // @[MuxTest_width_64_inputs_4_outputs_8_pipeline_5s.scala 34:56:@95.4]
  assign _T_519 = 3'h3 == io_operation_7; // @[Mux.scala 46:19:@96.4]
  assign _T_520 = _T_519 ? _T_518 : 64'h0; // @[Mux.scala 46:16:@97.4]
  assign _T_521 = 3'h2 == io_operation_7; // @[Mux.scala 46:19:@98.4]
  assign _T_522 = _T_521 ? _T_516 : {{64'd0}, _T_520}; // @[Mux.scala 46:16:@99.4]
  assign _T_523 = 3'h1 == io_operation_7; // @[Mux.scala 46:19:@100.4]
  assign _T_524 = _T_523 ? {{64'd0}, _T_514} : _T_522; // @[Mux.scala 46:16:@101.4]
  assign _T_525 = 3'h0 == io_operation_7; // @[Mux.scala 46:19:@102.4]
  assign io_outputs_0 = _T_537[63:0]; // @[MuxTest_width_64_inputs_4_outputs_8_pipeline_5s.scala 23:14:@264.4]
  assign io_outputs_1 = _T_548[63:0]; // @[MuxTest_width_64_inputs_4_outputs_8_pipeline_5s.scala 23:14:@265.4]
  assign io_outputs_2 = _T_559[63:0]; // @[MuxTest_width_64_inputs_4_outputs_8_pipeline_5s.scala 23:14:@266.4]
  assign io_outputs_3 = _T_570[63:0]; // @[MuxTest_width_64_inputs_4_outputs_8_pipeline_5s.scala 23:14:@267.4]
  assign io_outputs_4 = _T_581[63:0]; // @[MuxTest_width_64_inputs_4_outputs_8_pipeline_5s.scala 23:14:@268.4]
  assign io_outputs_5 = _T_592[63:0]; // @[MuxTest_width_64_inputs_4_outputs_8_pipeline_5s.scala 23:14:@269.4]
  assign io_outputs_6 = _T_603[63:0]; // @[MuxTest_width_64_inputs_4_outputs_8_pipeline_5s.scala 23:14:@270.4]
  assign io_outputs_7 = _T_614[63:0]; // @[MuxTest_width_64_inputs_4_outputs_8_pipeline_5s.scala 23:14:@271.4]
`ifdef RANDOMIZE_GARBAGE_ASSIGN
`define RANDOMIZE
`endif
`ifdef RANDOMIZE_INVALID_ASSIGN
`define RANDOMIZE
`endif
`ifdef RANDOMIZE_REG_INIT
`define RANDOMIZE
`endif
`ifdef RANDOMIZE_MEM_INIT
`define RANDOMIZE
`endif
`ifndef RANDOM
`define RANDOM $random
`endif
`ifdef RANDOMIZE
  integer initvar;
  initial begin
    `ifdef INIT_RANDOM
      `INIT_RANDOM
    `endif
    `ifndef VERILATOR
      #0.002 begin end
    `endif
  `ifdef RANDOMIZE_REG_INIT
  _RAND_0 = {4{`RANDOM}};
  _T_529 = _RAND_0[127:0];
  `endif // RANDOMIZE_REG_INIT
  `ifdef RANDOMIZE_REG_INIT
  _RAND_1 = {4{`RANDOM}};
  _T_531 = _RAND_1[127:0];
  `endif // RANDOMIZE_REG_INIT
  `ifdef RANDOMIZE_REG_INIT
  _RAND_2 = {4{`RANDOM}};
  _T_533 = _RAND_2[127:0];
  `endif // RANDOMIZE_REG_INIT
  `ifdef RANDOMIZE_REG_INIT
  _RAND_3 = {4{`RANDOM}};
  _T_535 = _RAND_3[127:0];
  `endif // RANDOMIZE_REG_INIT
  `ifdef RANDOMIZE_REG_INIT
  _RAND_4 = {4{`RANDOM}};
  _T_537 = _RAND_4[127:0];
  `endif // RANDOMIZE_REG_INIT
  `ifdef RANDOMIZE_REG_INIT
  _RAND_5 = {4{`RANDOM}};
  _T_540 = _RAND_5[127:0];
  `endif // RANDOMIZE_REG_INIT
  `ifdef RANDOMIZE_REG_INIT
  _RAND_6 = {4{`RANDOM}};
  _T_542 = _RAND_6[127:0];
  `endif // RANDOMIZE_REG_INIT
  `ifdef RANDOMIZE_REG_INIT
  _RAND_7 = {4{`RANDOM}};
  _T_544 = _RAND_7[127:0];
  `endif // RANDOMIZE_REG_INIT
  `ifdef RANDOMIZE_REG_INIT
  _RAND_8 = {4{`RANDOM}};
  _T_546 = _RAND_8[127:0];
  `endif // RANDOMIZE_REG_INIT
  `ifdef RANDOMIZE_REG_INIT
  _RAND_9 = {4{`RANDOM}};
  _T_548 = _RAND_9[127:0];
  `endif // RANDOMIZE_REG_INIT
  `ifdef RANDOMIZE_REG_INIT
  _RAND_10 = {4{`RANDOM}};
  _T_551 = _RAND_10[127:0];
  `endif // RANDOMIZE_REG_INIT
  `ifdef RANDOMIZE_REG_INIT
  _RAND_11 = {4{`RANDOM}};
  _T_553 = _RAND_11[127:0];
  `endif // RANDOMIZE_REG_INIT
  `ifdef RANDOMIZE_REG_INIT
  _RAND_12 = {4{`RANDOM}};
  _T_555 = _RAND_12[127:0];
  `endif // RANDOMIZE_REG_INIT
  `ifdef RANDOMIZE_REG_INIT
  _RAND_13 = {4{`RANDOM}};
  _T_557 = _RAND_13[127:0];
  `endif // RANDOMIZE_REG_INIT
  `ifdef RANDOMIZE_REG_INIT
  _RAND_14 = {4{`RANDOM}};
  _T_559 = _RAND_14[127:0];
  `endif // RANDOMIZE_REG_INIT
  `ifdef RANDOMIZE_REG_INIT
  _RAND_15 = {4{`RANDOM}};
  _T_562 = _RAND_15[127:0];
  `endif // RANDOMIZE_REG_INIT
  `ifdef RANDOMIZE_REG_INIT
  _RAND_16 = {4{`RANDOM}};
  _T_564 = _RAND_16[127:0];
  `endif // RANDOMIZE_REG_INIT
  `ifdef RANDOMIZE_REG_INIT
  _RAND_17 = {4{`RANDOM}};
  _T_566 = _RAND_17[127:0];
  `endif // RANDOMIZE_REG_INIT
  `ifdef RANDOMIZE_REG_INIT
  _RAND_18 = {4{`RANDOM}};
  _T_568 = _RAND_18[127:0];
  `endif // RANDOMIZE_REG_INIT
  `ifdef RANDOMIZE_REG_INIT
  _RAND_19 = {4{`RANDOM}};
  _T_570 = _RAND_19[127:0];
  `endif // RANDOMIZE_REG_INIT
  `ifdef RANDOMIZE_REG_INIT
  _RAND_20 = {4{`RANDOM}};
  _T_573 = _RAND_20[127:0];
  `endif // RANDOMIZE_REG_INIT
  `ifdef RANDOMIZE_REG_INIT
  _RAND_21 = {4{`RANDOM}};
  _T_575 = _RAND_21[127:0];
  `endif // RANDOMIZE_REG_INIT
  `ifdef RANDOMIZE_REG_INIT
  _RAND_22 = {4{`RANDOM}};
  _T_577 = _RAND_22[127:0];
  `endif // RANDOMIZE_REG_INIT
  `ifdef RANDOMIZE_REG_INIT
  _RAND_23 = {4{`RANDOM}};
  _T_579 = _RAND_23[127:0];
  `endif // RANDOMIZE_REG_INIT
  `ifdef RANDOMIZE_REG_INIT
  _RAND_24 = {4{`RANDOM}};
  _T_581 = _RAND_24[127:0];
  `endif // RANDOMIZE_REG_INIT
  `ifdef RANDOMIZE_REG_INIT
  _RAND_25 = {4{`RANDOM}};
  _T_584 = _RAND_25[127:0];
  `endif // RANDOMIZE_REG_INIT
  `ifdef RANDOMIZE_REG_INIT
  _RAND_26 = {4{`RANDOM}};
  _T_586 = _RAND_26[127:0];
  `endif // RANDOMIZE_REG_INIT
  `ifdef RANDOMIZE_REG_INIT
  _RAND_27 = {4{`RANDOM}};
  _T_588 = _RAND_27[127:0];
  `endif // RANDOMIZE_REG_INIT
  `ifdef RANDOMIZE_REG_INIT
  _RAND_28 = {4{`RANDOM}};
  _T_590 = _RAND_28[127:0];
  `endif // RANDOMIZE_REG_INIT
  `ifdef RANDOMIZE_REG_INIT
  _RAND_29 = {4{`RANDOM}};
  _T_592 = _RAND_29[127:0];
  `endif // RANDOMIZE_REG_INIT
  `ifdef RANDOMIZE_REG_INIT
  _RAND_30 = {4{`RANDOM}};
  _T_595 = _RAND_30[127:0];
  `endif // RANDOMIZE_REG_INIT
  `ifdef RANDOMIZE_REG_INIT
  _RAND_31 = {4{`RANDOM}};
  _T_597 = _RAND_31[127:0];
  `endif // RANDOMIZE_REG_INIT
  `ifdef RANDOMIZE_REG_INIT
  _RAND_32 = {4{`RANDOM}};
  _T_599 = _RAND_32[127:0];
  `endif // RANDOMIZE_REG_INIT
  `ifdef RANDOMIZE_REG_INIT
  _RAND_33 = {4{`RANDOM}};
  _T_601 = _RAND_33[127:0];
  `endif // RANDOMIZE_REG_INIT
  `ifdef RANDOMIZE_REG_INIT
  _RAND_34 = {4{`RANDOM}};
  _T_603 = _RAND_34[127:0];
  `endif // RANDOMIZE_REG_INIT
  `ifdef RANDOMIZE_REG_INIT
  _RAND_35 = {4{`RANDOM}};
  _T_606 = _RAND_35[127:0];
  `endif // RANDOMIZE_REG_INIT
  `ifdef RANDOMIZE_REG_INIT
  _RAND_36 = {4{`RANDOM}};
  _T_608 = _RAND_36[127:0];
  `endif // RANDOMIZE_REG_INIT
  `ifdef RANDOMIZE_REG_INIT
  _RAND_37 = {4{`RANDOM}};
  _T_610 = _RAND_37[127:0];
  `endif // RANDOMIZE_REG_INIT
  `ifdef RANDOMIZE_REG_INIT
  _RAND_38 = {4{`RANDOM}};
  _T_612 = _RAND_38[127:0];
  `endif // RANDOMIZE_REG_INIT
  `ifdef RANDOMIZE_REG_INIT
  _RAND_39 = {4{`RANDOM}};
  _T_614 = _RAND_39[127:0];
  `endif // RANDOMIZE_REG_INIT
  end
`endif // RANDOMIZE
  always @(posedge clock) begin
    if (_T_406) begin
      _T_529 <= {{64'd0}, _GEN_3};
    end else begin
      _T_529 <= _T_405;
    end
    _T_531 <= _T_529;
    _T_533 <= _T_531;
    _T_535 <= _T_533;
    _T_537 <= _T_535;
    if (_T_423) begin
      _T_540 <= {{64'd0}, _GEN_11};
    end else begin
      _T_540 <= _T_422;
    end
    _T_542 <= _T_540;
    _T_544 <= _T_542;
    _T_546 <= _T_544;
    _T_548 <= _T_546;
    if (_T_440) begin
      _T_551 <= {{64'd0}, _GEN_19};
    end else begin
      _T_551 <= _T_439;
    end
    _T_553 <= _T_551;
    _T_555 <= _T_553;
    _T_557 <= _T_555;
    _T_559 <= _T_557;
    if (_T_457) begin
      _T_562 <= {{64'd0}, _GEN_27};
    end else begin
      _T_562 <= _T_456;
    end
    _T_564 <= _T_562;
    _T_566 <= _T_564;
    _T_568 <= _T_566;
    _T_570 <= _T_568;
    if (_T_474) begin
      _T_573 <= {{64'd0}, _GEN_35};
    end else begin
      _T_573 <= _T_473;
    end
    _T_575 <= _T_573;
    _T_577 <= _T_575;
    _T_579 <= _T_577;
    _T_581 <= _T_579;
    if (_T_491) begin
      _T_584 <= {{64'd0}, _GEN_43};
    end else begin
      _T_584 <= _T_490;
    end
    _T_586 <= _T_584;
    _T_588 <= _T_586;
    _T_590 <= _T_588;
    _T_592 <= _T_590;
    if (_T_508) begin
      _T_595 <= {{64'd0}, _GEN_51};
    end else begin
      _T_595 <= _T_507;
    end
    _T_597 <= _T_595;
    _T_599 <= _T_597;
    _T_601 <= _T_599;
    _T_603 <= _T_601;
    if (_T_525) begin
      _T_606 <= {{64'd0}, _GEN_59};
    end else begin
      _T_606 <= _T_524;
    end
    _T_608 <= _T_606;
    _T_610 <= _T_608;
    _T_612 <= _T_610;
    _T_614 <= _T_612;
  end
endmodule